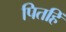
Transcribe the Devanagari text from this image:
पितहिं